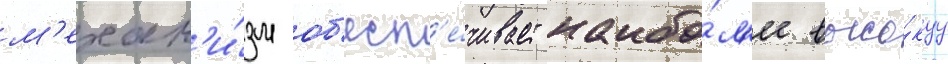
м'ехан'и́зм об'есп'е́чивает наибо́л'ее высо́куу